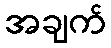
အချက်